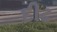
દીઢ